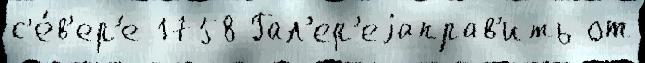
с'е́в'ер'е 1758 Гал'ер'еjаправ'ить от